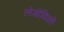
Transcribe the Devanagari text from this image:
लोडोविको